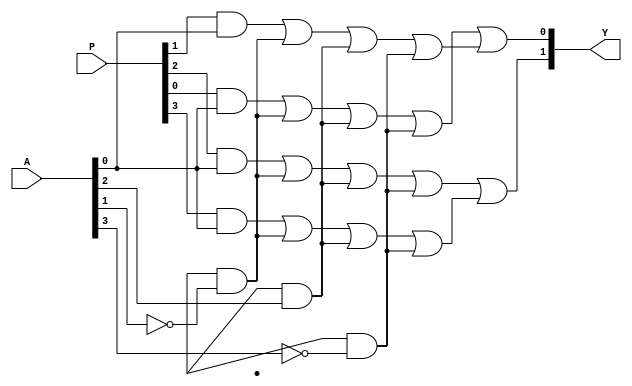
module SPAL (
    input [N-1:0] A,  // Input signals
    input [M-1:0] P,  // Programming signals (for AND array configuration)
    output [O-1:0] Y  // Output signals
);

// Parameters
parameter N = 8;  // Number of input signals
parameter M = 4;  // Number of programmable AND gates
parameter O = 2;  // Number of fixed OR gates

// Programmable AND array
wire [M-1:0] and_out;  // Outputs of AND gates

genvar i, j;
generate
    for (i = 0; i < M; i = i + 1) begin : and_array
        // Each AND gate can be programmed based on the signal P
        assign and_out[i] = (P[i] & A[0]) | (P[i+M] & ~A[1]) | (P[i+2*M] & A[2]) | (P[i+3*M] & ~A[3]);
    end
endgenerate

// Fixed OR array
wire [O-1:0] or_out;  // Outputs of OR gates

assign or_out[0] = and_out[0] | and_out[1];  // OR gate 1
assign or_out[1] = and_out[2] | and_out[3];  // OR gate 2

// Final outputs
assign Y = or_out;

endmodule